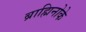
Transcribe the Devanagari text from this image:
ब्राह्मिनोके